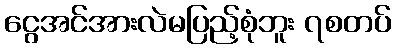
ငွေအင်အားလဲမပြည့်စုံဘူး ၇စတပ်